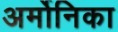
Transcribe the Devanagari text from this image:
अर्मोनिका